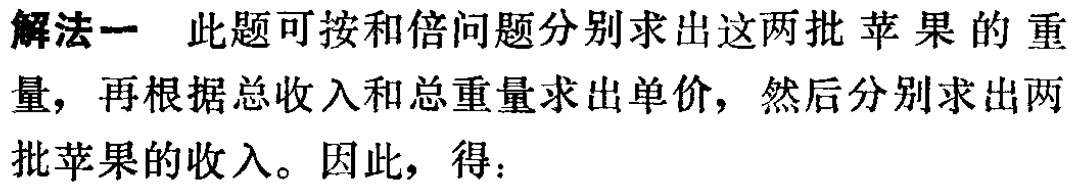
解法一 此题可按和倍问题分别求出这两批苹果的重量，再根据总收入和总重量求出单价，然后分别求出两批苹果的收入。因此，得：